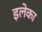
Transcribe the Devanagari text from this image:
इलेका